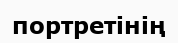
портретінің